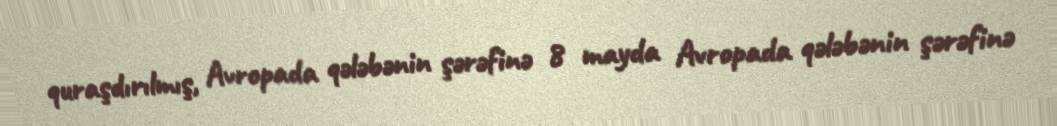
quraşdırılmış, Avropada qələbənin şərəfinə 8 mayda Avropada qələbənin şərəfinə